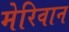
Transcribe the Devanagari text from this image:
मेरिवान